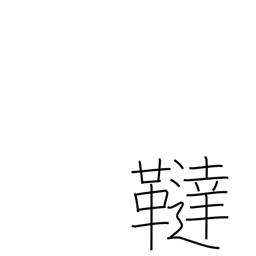
Meaning: region name